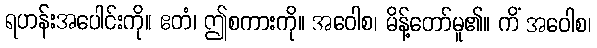
ရဟန်းအပေါင်းကို။ ဧတံ၊ ဤစကားကို။ အဝေါစ၊ မိန့်တော်မူ၏။ ကိံ အဝေါစ၊